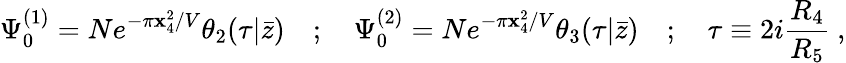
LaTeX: \Psi_{0}^{(1)}=Ne^{-\pi\mathbf{x}_{4}^{2}/V}\theta_{2}(\tau|\bar{{z}})\quad;\quad\Psi_{0}^{(2)}=Ne^{-\pi\mathbf{x}_{4}^{2}/V}\theta_{3}(\tau|\bar{{z}})\quad;\quad\tau\equiv2i{\frac{{R_{4}}}{{R_{5}}}}\ ,